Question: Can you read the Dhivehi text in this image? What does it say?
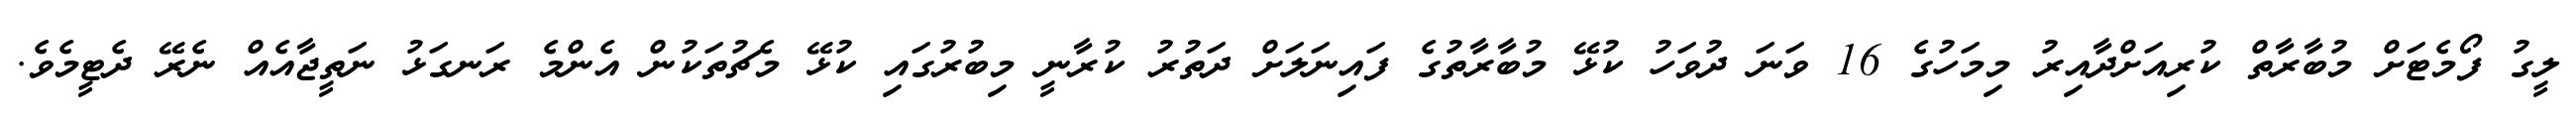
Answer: ލީގު ފޯމެޓަށް މުބާރާތް ކުރިއަށްދާއިރު މިމަހުގެ 16 ވަނަ ދުވަހު ކުޅޭ މުބާރާތުގެ ފައިނަލަށް ދަތުރު ކުރާނީ މިބުރުގައި ކުޅޭ މެޗުތަކުން އެންމެ ރަނގަޅު ނަތީޖާއެއް ނެރޭ ދެޓީމެވެ.